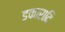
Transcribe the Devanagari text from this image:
डकारादि